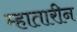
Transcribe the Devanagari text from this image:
म्हातारीन